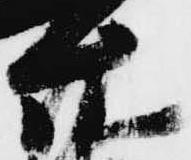
允